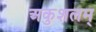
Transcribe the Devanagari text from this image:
अकुशलम्